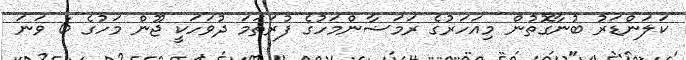
ކަލަންޑަރު ބުނާގޮތުން މިއަހަރުގެ ރަމަޟާންމަހުގެ ފުރަތަމަ ދުވަހަކީ ޖޫން މަހުގެ 6 ވަނަ